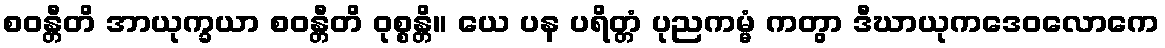
စဝန္တီတိ အာယုက္ခယာ စဝန္တီတိ ဝုစ္စန္တိ။ ယေ ပန ပရိတ္တံ ပုညကမ္မံ ကတွာ ဒီဃာယုကဒေဝလောကေ